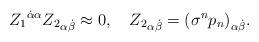
LaTeX: \begin{align*}{Z_1}^{\dot\alpha \alpha}{Z_2}_{\alpha\dot\beta}\approx0,\quad{Z_2}_{\alpha\dot\beta}={(\sigma^n p_n)}_{\alpha\dot\beta}.\end{align*}